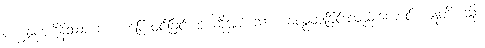
ပက္ခန္ဒနပဋိနိဿဂ္ဂေါ စ၊ ပြေးဝင်ခြင်းဟု ဆိုအပ်သော စေလွှတ်ခြင်းလည်းကောင်း။ ဣတိ၊ သို့။